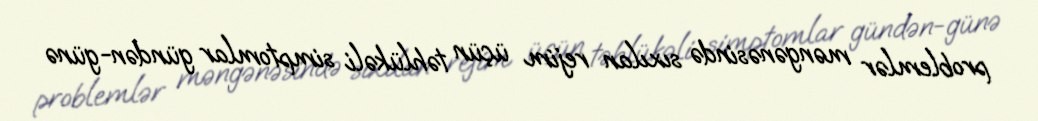
problemlər məngənəsində sıxılan rejim üçün təhlükəli simptomlar gündən-günə